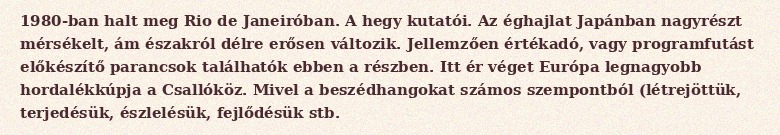
1980-ban halt meg Rio de Janeiróban. A hegy kutatói. Az éghajlat Japánban nagyrészt mérsékelt, ám északról délre erősen változik. Jellemzően értékadó, vagy programfutást előkészítő parancsok találhatók ebben a részben. Itt ér véget Európa legnagyobb hordalékkúpja a Csallóköz. Mivel a beszédhangokat számos szempontból (létrejöttük, terjedésük, észlelésük, fejlődésük stb.